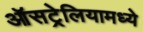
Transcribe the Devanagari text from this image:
ऑसट्रेलियामध्ये